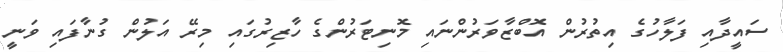
ސައީދާއި ފަލާހުގެ އިތުރުން އޮބްޒާވަރުންނައި މޮނިޓަރުންގެ ހާޒިރުގައި މިރޭ އަލުން ގުނާފައި ވަނީ